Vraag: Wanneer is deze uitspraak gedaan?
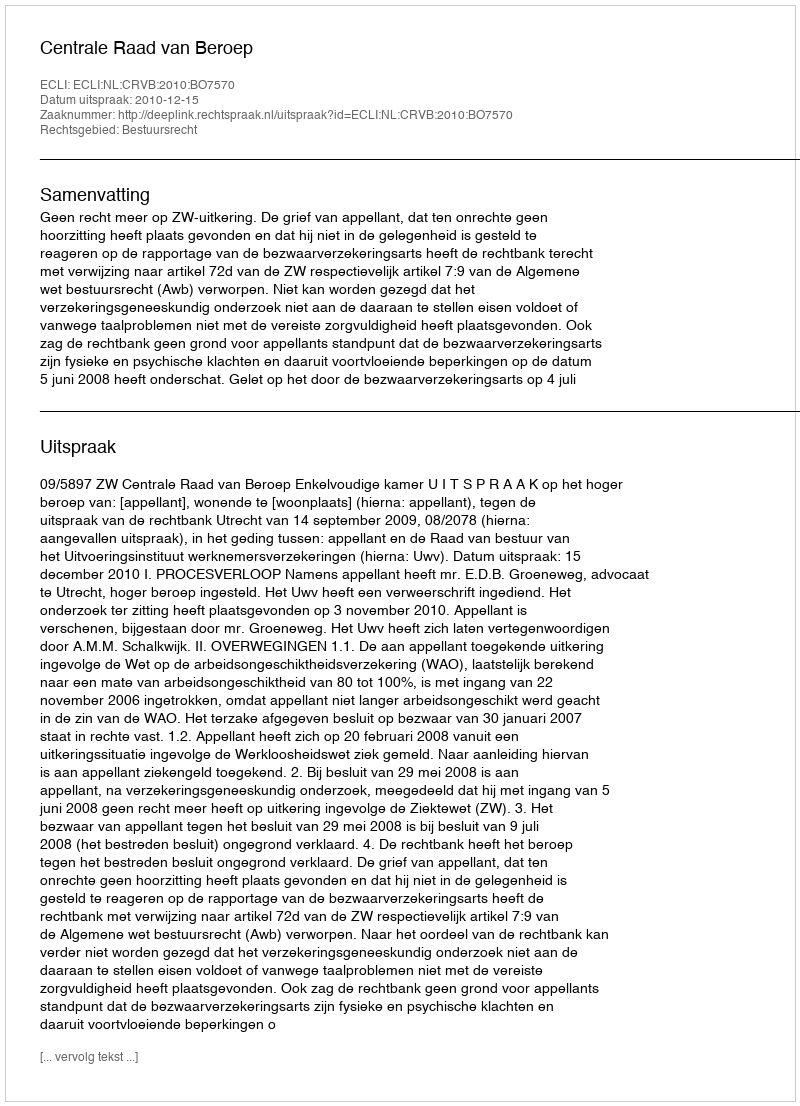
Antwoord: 2010-12-15